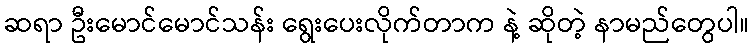
ဆရာ ဦးမောင်မောင်သန်း ရွေးပေးလိုက်တာက နဲ့ ဆိုတဲ့ နာမည်တွေပါ။